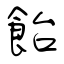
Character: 飴